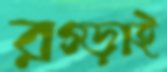
রগ্‌ড়াই